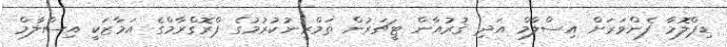
ޑިޕްލޮމާ ފެންވަރަށް އިސްލާމް އަދި ޤުރުއާން ޓީޗަރުން ތަމްރީނުކުރުމުގެ ޕްރޮގްރާމްގެ އަމާޒަކީ އިސްލާމް